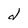
Character: d